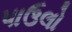
પાઉલો